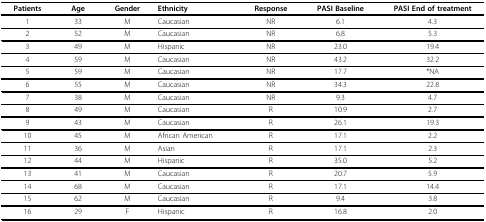
<table><thead><tr><td><b>Patients</b></td><td><b>Age</b></td><td><b>Gender</b></td><td><b>Ethnicity</b></td><td><b>Response</b></td><td><b>PASI Baseline</b></td><td><b>PASI End of treatment</b></td></tr></thead><tbody><tr><td>1</td><td>33</td><td>M</td><td>Caucasian</td><td>NR</td><td>6.1</td><td>4.3</td></tr><tr><td>2</td><td>52</td><td>M</td><td>Caucasian</td><td>NR</td><td>6.8</td><td>5.3</td></tr><tr><td>3</td><td>49</td><td>M</td><td>Hispanic</td><td>NR</td><td>23.0</td><td>19.4</td></tr><tr><td>4</td><td>59</td><td>M</td><td>Caucasian</td><td>NR</td><td>43.2</td><td>32.2</td></tr><tr><td>5</td><td>59</td><td>M</td><td>Caucasian</td><td>NR</td><td>17.7</td><td>*NA</td></tr><tr><td>6</td><td>55</td><td>M</td><td>Caucasian</td><td>NR</td><td>34.3</td><td>22.8</td></tr><tr><td>7</td><td>38</td><td>M</td><td>Caucasian</td><td>NR</td><td>9.3</td><td>4.7</td></tr><tr><td>8</td><td>49</td><td>M</td><td>Caucasian</td><td>R</td><td>10.9</td><td>2.7</td></tr><tr><td>9</td><td>43</td><td>M</td><td>Caucasian</td><td>R</td><td>26.1</td><td>19.3</td></tr><tr><td>10</td><td>45</td><td>M</td><td>African American</td><td>R</td><td>17.1</td><td>2.2</td></tr><tr><td>11</td><td>36</td><td>M</td><td>Asian</td><td>R</td><td>17.1</td><td>2.3</td></tr><tr><td>12</td><td>44</td><td>M</td><td>Hispanic</td><td>R</td><td>35.0</td><td>5.2</td></tr><tr><td>13</td><td>41</td><td>M</td><td>Caucasian</td><td>R</td><td>20.7</td><td>5.9</td></tr><tr><td>14</td><td>68</td><td>M</td><td>Caucasian</td><td>R</td><td>17.1</td><td>14.4</td></tr><tr><td>15</td><td>62</td><td>M</td><td>Caucasian</td><td>R</td><td>9.4</td><td>3.8</td></tr><tr><td>16</td><td>29</td><td>F</td><td>Hispanic</td><td>R</td><td>16.8</td><td>2.0</td></tr></tbody></table>